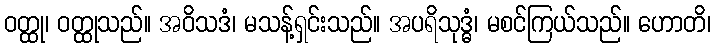
ဝတ္ထု၊ ဝတ္ထုသည်။ အဝိသဒံ၊ မသန့်ရှင်းသည်။ အပရိသုဒ္ဓံ၊ မစင်ကြယ်သည်။ ဟောတိ၊